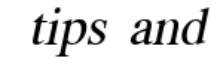
tips and